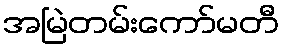
အမြဲတမ်းကော်မတီ